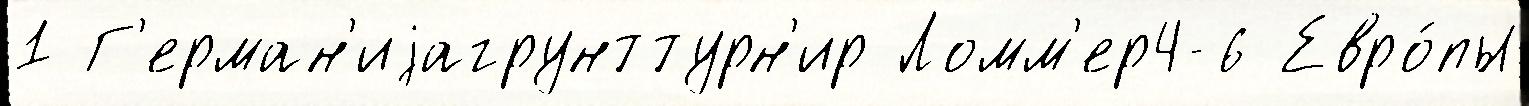
1 Г'ерман'иjагрунттурн'ир Ломм'ер4-6 Евро́пы